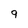
Character: 9